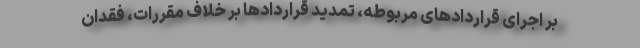
بر اجرای قراردادهای مربوطه، تمدید قراردادها بر خلاف مقررات، فقدان